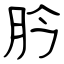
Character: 肣